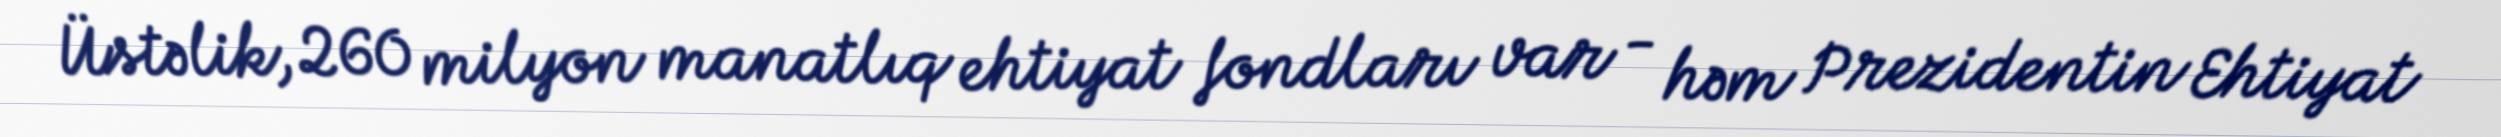
Üstəlik, 260 milyon manatlıq ehtiyat fondları var - həm Prezidentin Ehtiyat